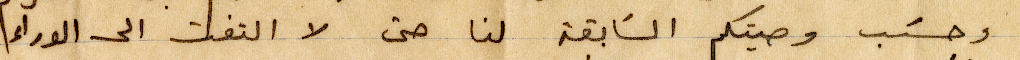
وحسب وصيتكم السابقة لنا حتى لا التفت الى الوراء